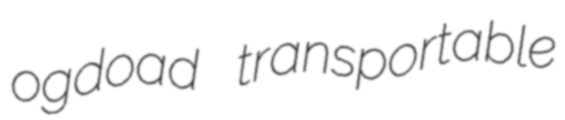
ogdoad transportable